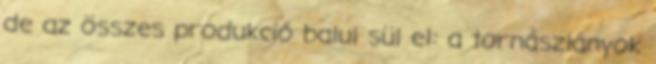
de az összes produkció balul sül el: a tornászlányok